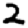
Digit: 2